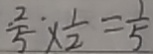
\frac { 2 } { 5 } \times \frac { 1 } { 2 } = \frac { 1 } { 5 }